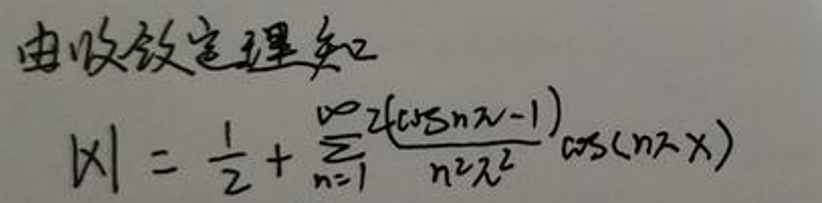
由收敛定理知
\[
|x|=\frac{1}{2}+\sum_{n = 1}^{\infty}\frac{2(\cos n\pi - 1)}{n^{2}\pi^{2}}\cos(n\pi x)
\]